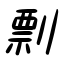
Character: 剽